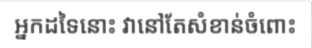
អ្នកដទៃនោះ វានៅតែសំខាន់ចំពោះ